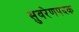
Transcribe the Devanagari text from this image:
सुवरेणपदक